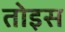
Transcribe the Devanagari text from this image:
तोइस